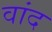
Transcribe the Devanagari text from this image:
वांद